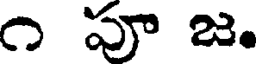
౧ పూ జ.